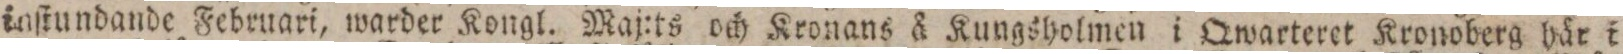
inſtundande Februari, warder Kongl. Maj:ts och Kronans å Kungsholmen i Qwarteret Kronoberg här i